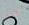
من